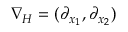
\nabla _ { H } = ( \partial _ { x _ { 1 } } , \partial _ { x _ { 2 } } )